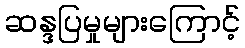
ဆန္ဒပြမှုများကြောင့်